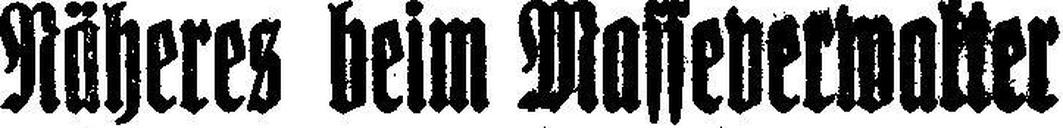
Näheres beim Masseverwalter